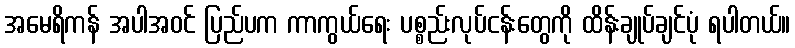
အမေရိကန် အပါအဝင် ပြည်ပက ကာကွယ်ရေး ပစ္စည်းလုပ်ငန်းတွေကို ထိန်းချုပ်ချင်ပုံ ရပါတယ်။